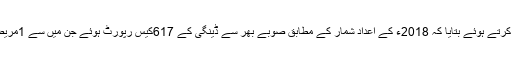
پرو جیکٹ ڈائریکٹر ڈاکٹر رشید نے صوبائی وزیر کو ادارے کی کارکردگی اور اقدامات سے آگاہ کرتے ہوئے بتایا کہ 2018ء کے اعداد شمار کے مطابق صوبے بھر سے ڈینگی کے 617کیس رپورٹ ہوئے جن میں سے 1مریض کی ہلاکت ہوگئی جبکہ 2017ء میں مریضوں کی تعداد 2927اور ہلاکتوں کی تعداد 12 تھی ۔